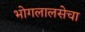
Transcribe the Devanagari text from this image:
भोगलालसेचा